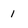
Character: 1